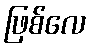
ဖြစ်လေ